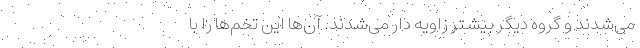
می‌شدند و گروه دیگر بیشتر زاویه دار می‌شدند. آن‌ها این تخم‌ها را با